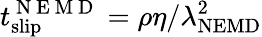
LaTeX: t_{\mathrm{slip}}^{\mathrm{~N~E~M~D~}}=\rho\eta/\lambda_{\mathrm{NEMD}}^{2}